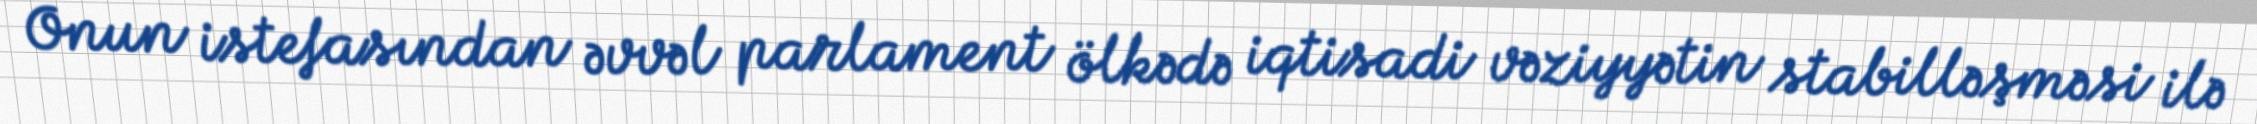
Onun istefasından əvvəl parlament ölkədə iqtisadi vəziyyətin stabilləşməsi ilə